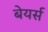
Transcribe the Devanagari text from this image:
बेयर्स